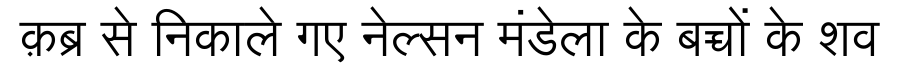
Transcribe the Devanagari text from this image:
क़ब्र से निकाले गए नेल्सन मंडेला के बच्चों के शव